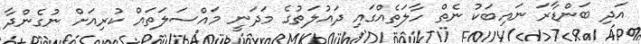
އަދި ބަންޑާރަ ނައިބަކު ނެތް ހާލަތެއްގައި ދައުލަތުގެ މަދަނީ މައްސަލަތައް ކުރިއަށް ނުގެންދާ